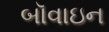
બૉવાઇન